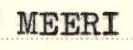
MEERI